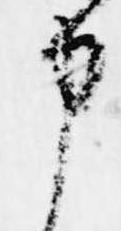
申